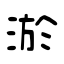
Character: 淤